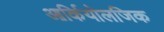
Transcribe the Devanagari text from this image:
आर्कियोलजिक